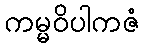
ကမ္မဝိပါကဇံ